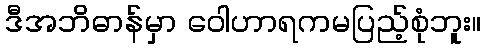
ဒီအဘိဓာန်မှာ ဝေါဟာရကမပြည့်စုံဘူး။